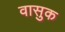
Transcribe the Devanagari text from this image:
वासुक